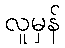
လူမှန်